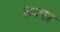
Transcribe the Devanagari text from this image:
हक्स्र